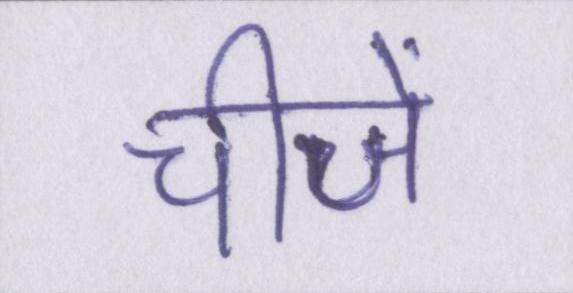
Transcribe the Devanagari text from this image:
चीजें